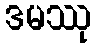
ဒမဿု